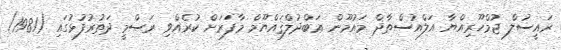
ރައީސުލް ޖުމްހޫރިއްޔާ އަލްއުސްތާޛް މައުމޫން ޢަބްދުލްޤައްޔޫމް މާފަރަށް ކުރެއްވި ރަސްމީ ދަތުރުފުޅުގައި (1981)